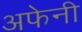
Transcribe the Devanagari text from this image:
अफेनी